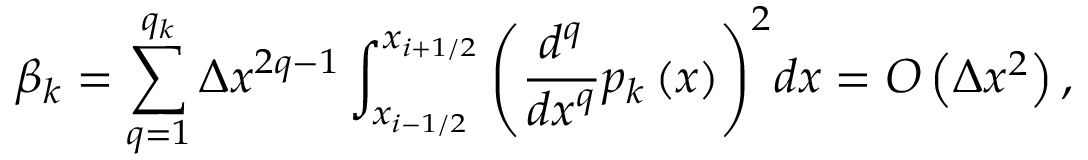
{ { \beta } _ { k } } = \sum _ { q = 1 } ^ { { { q } _ { k } } } { \Delta { { x } ^ { 2 q - 1 } } } \int _ { { { x } _ { i - 1 / 2 } } } ^ { { { x } _ { i + 1 / 2 } } } { { { \left( \frac { { { d } ^ { q } } } { d { { x } ^ { q } } } { { p } _ { k } } \left( x \right) \right) } ^ { 2 } } d x } = O \left( \Delta { { x } ^ { 2 } } \right) ,